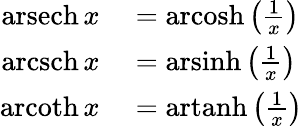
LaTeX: \begin{array}{rl}{\operatorname{arsech}x}&{{}=\operatorname{arcosh}\left({\frac{1}{x}}\right)}\\ {\operatorname{arcsch}x}&{{}=\operatorname{arsinh}\left({\frac{1}{x}}\right)}\\ {\operatorname{arcoth}x}&{{}=\operatorname{artanh}\left({\frac{1}{x}}\right)}\end{array}